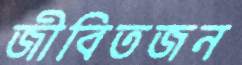
জীবিতজন